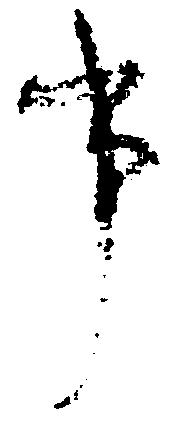
事